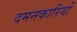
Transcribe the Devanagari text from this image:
दमनकारियों